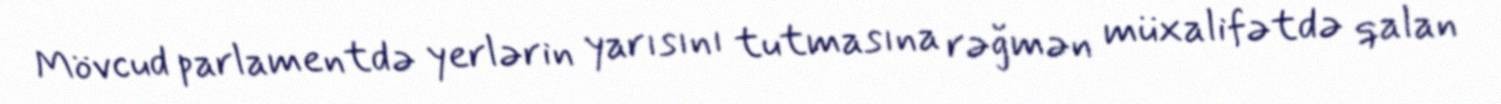
Mövcud parlamentdə yerlərin yarısını tutmasına rəğmən müxalifətdə qalan